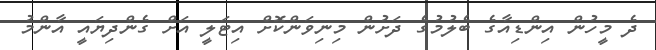
ދެ މީހުން އިންޑިއާގެ ބެލުމުގެ ދަށުން މިނިވަންކޮށް އިޓަލީ އަށް ގެންދިޔައީ އާންމު